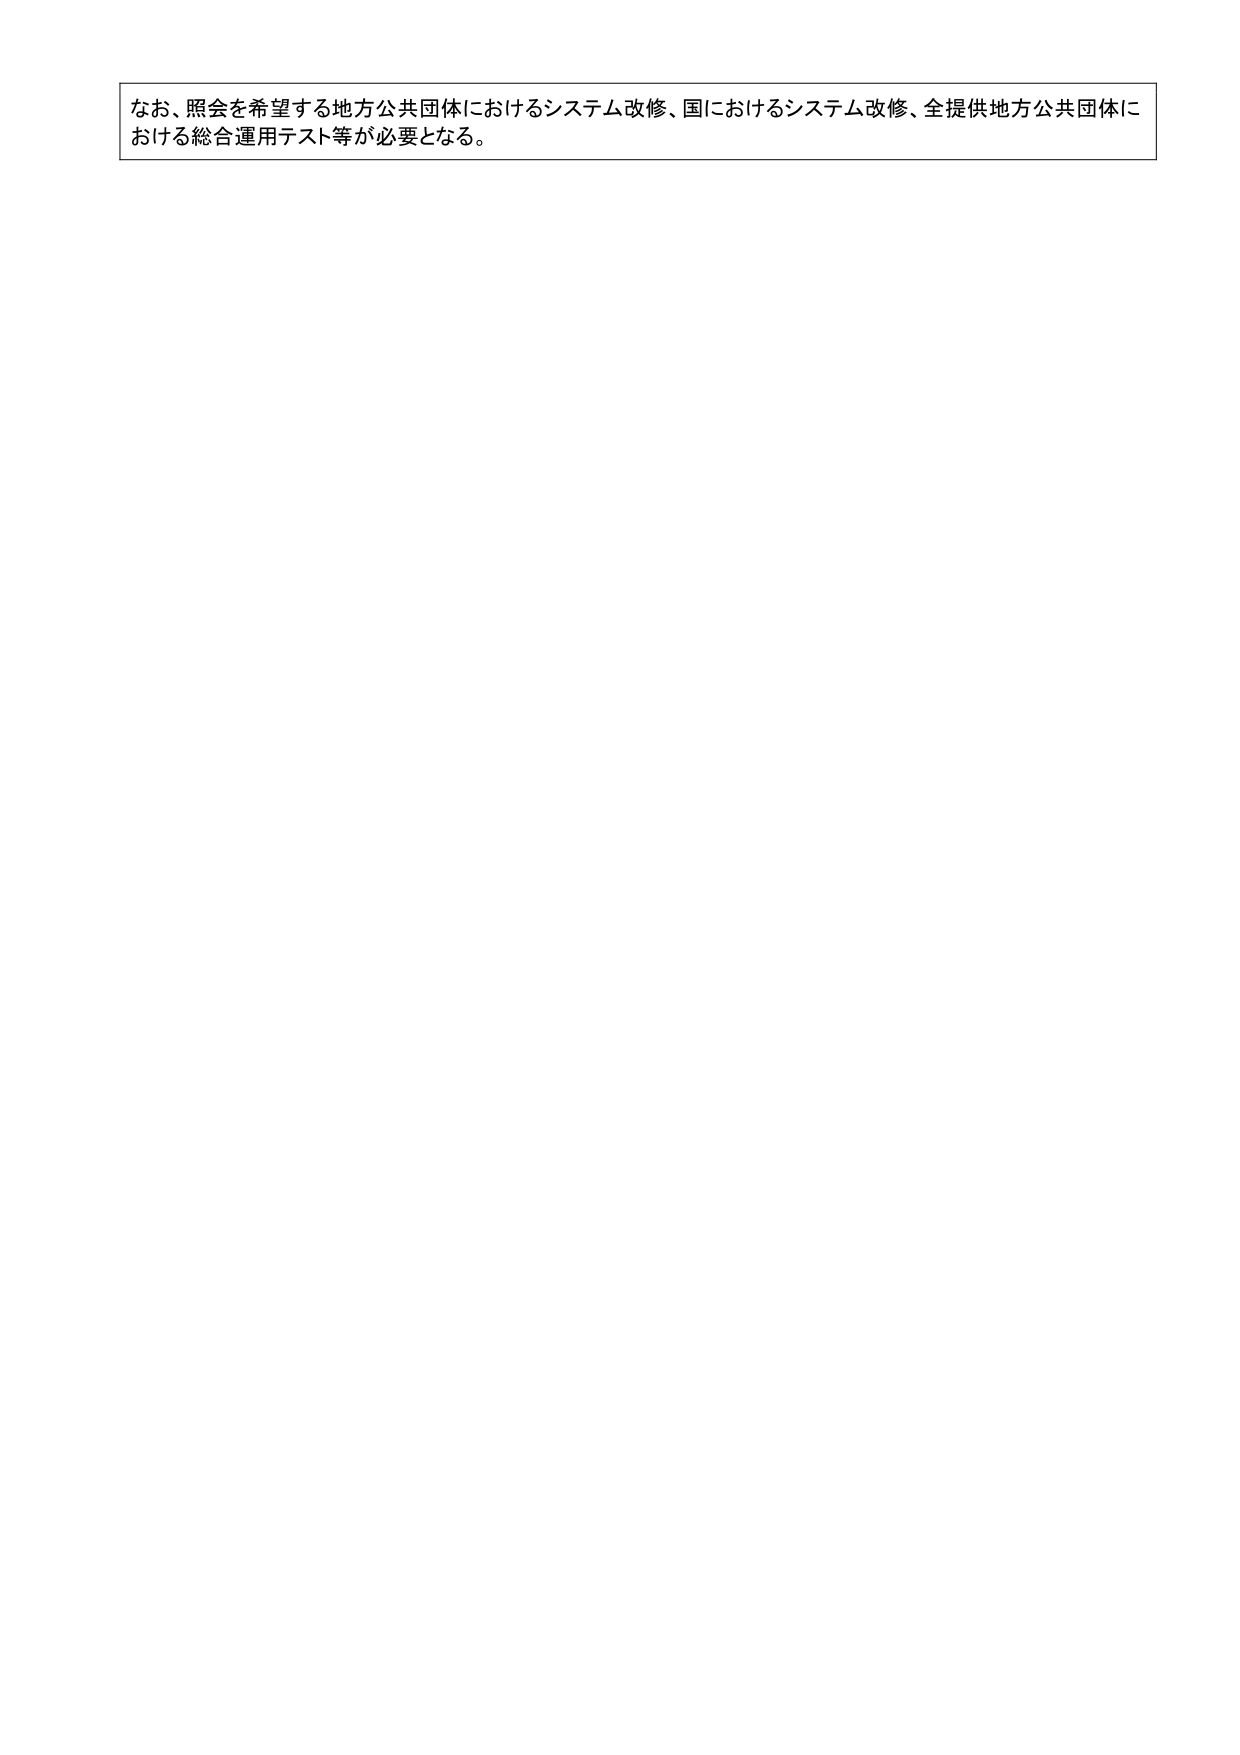
なお、照会を希望する地方公共団体におけるシステム改修、国におけるシステム改修、全提供地方公共団体における総合運用テスト等が必要となる。